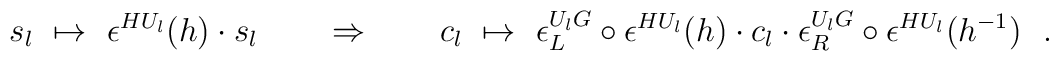
s_l\ \mapsto\ \epsilon^{HU_l}(h)\cdot s_l  \quad\quad\Rightarrow\quad\quad  c_l\ \mapsto\ \epsilon_{L}^{U_lG}\circ\epsilon^{HU_l}\bigl(h\bigr)\cdot c_l\cdot\epsilon_{R}^{U_lG}\circ\epsilon^{HU_l}\bigl(h^{-1}\bigr)\ \ .